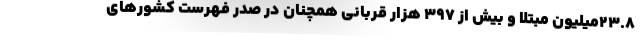
۲۳.۸میلیون مبتلا و بیش از ۳۹۷ هزار قربانی همچنان در صدر فهرست کشورهای